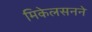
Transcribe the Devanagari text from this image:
मिकेलसनने